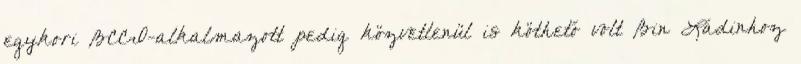
egykori BCCI-alkalmazott pedig közvetlenül is köthető volt Bin Ládinhoz